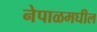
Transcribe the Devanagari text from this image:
नेपाळमघील